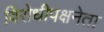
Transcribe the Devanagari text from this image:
विरोधीपक्षनेता